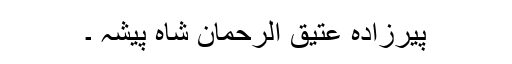
پیرزادہ عتیق الرحمان شاہ پیشہ ۔